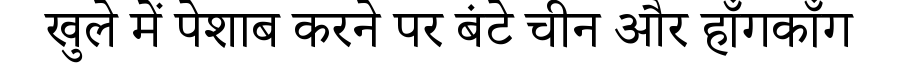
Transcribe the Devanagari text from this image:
खुले में पेशाब करने पर बंटे चीन और हॉंगकॉंग